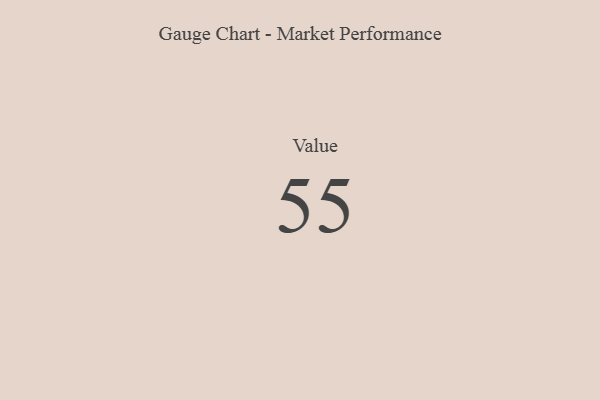
{"axis": {"x": "Metric", "y": "Value"}, "legend": [""], "data": [{"x": "Value", "y": 55, "type": ""}]}